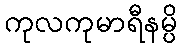
ကုလကုမာရီနမ္ပိ